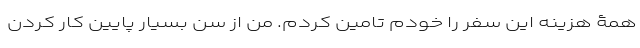
همۀ هزینه این سفر را خودم تامین کردم. من از سن بسیار پایین کار کردن